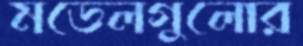
মডেলগুলোর